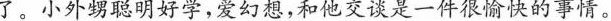
了。小外甥聪明好学，爱幻想，和他交谈是一件很愉快的事情。